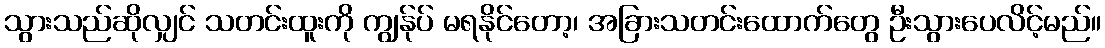
သွားသည်ဆိုလျှင် သတင်းထူးကို ကျွန်ုပ် မရနိုင်တော့၊ အခြားသတင်းထောက်တွေ ဦးသွားပေလိင့်မည်။